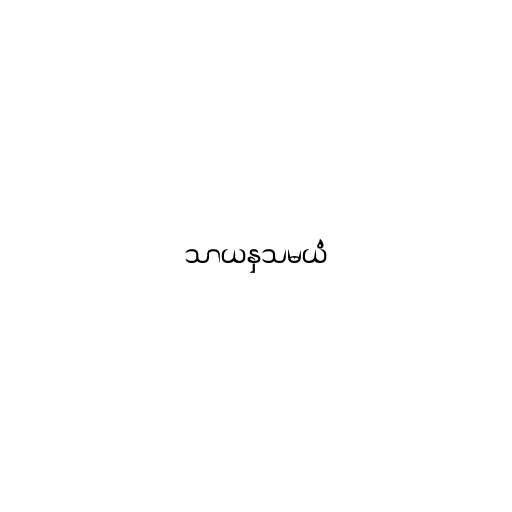
သာယနှသမယံ